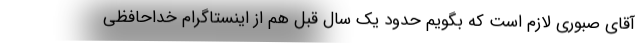
آقای صبوری لازم است که بگویم حدود یک سال قبل هم از اینستاگرام خداحافظی